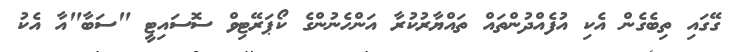
ގޭގައި ތިބެގެން އެކި އުފެއްދުންތައް ތައްޔާރުކުރާ އަންހެނުންގެ ކޯޕަރޭޓިވް ސޮސައިޓީ "ސަބާ"އާ އެކު